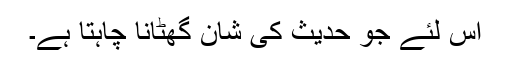
اس لئے جو حدیث کی شان گھٹانا چاہتا ہے۔